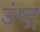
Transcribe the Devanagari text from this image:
उंष्ट्र